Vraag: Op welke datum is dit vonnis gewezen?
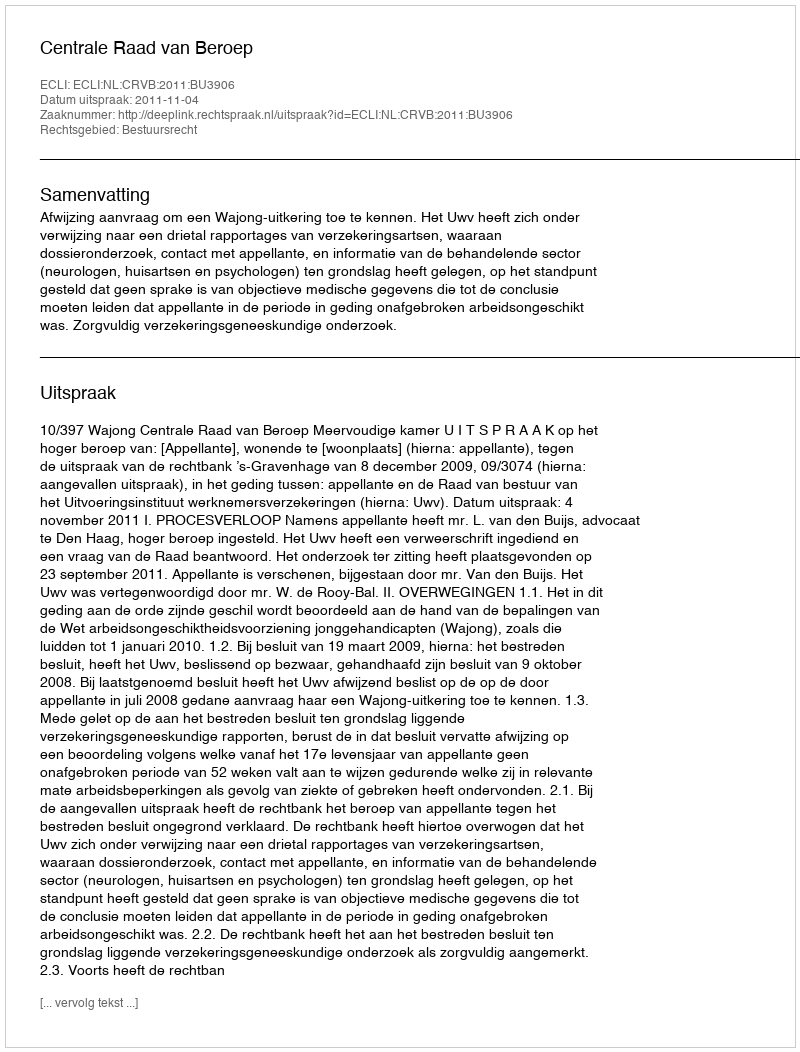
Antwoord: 2011-11-04